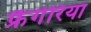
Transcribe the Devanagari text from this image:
फ्रैगेरिया